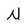
Character: N